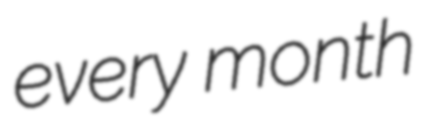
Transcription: every month